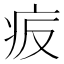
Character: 㽹